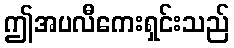
ဤအပလီကေးရှင်းသည်